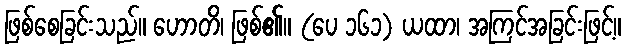
ဖြစ်စေခြင်းသည်။ ဟောတိ၊ ဖြစ်၏။ (ပေ ၁၆၁) ယထာ၊ အကြင်အခြင်းဖြင့်။